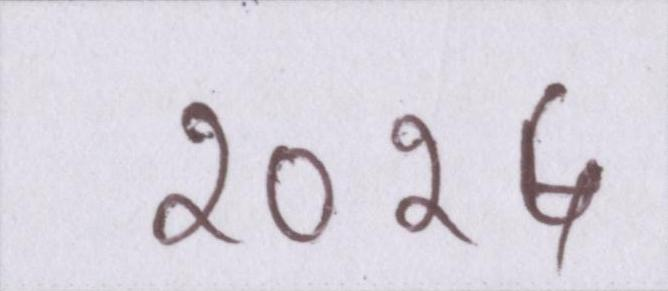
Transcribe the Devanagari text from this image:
२०१५